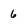
Character: 6